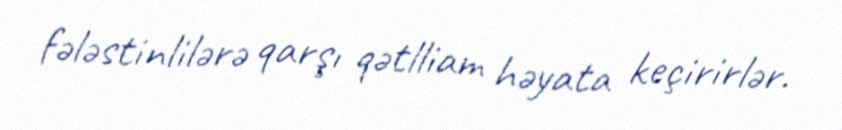
fələstinlilərə qarşı qətlliam həyata keçirirlər.